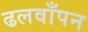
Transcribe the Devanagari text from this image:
ढलवाँपन